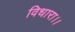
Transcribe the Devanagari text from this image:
विधारा।।